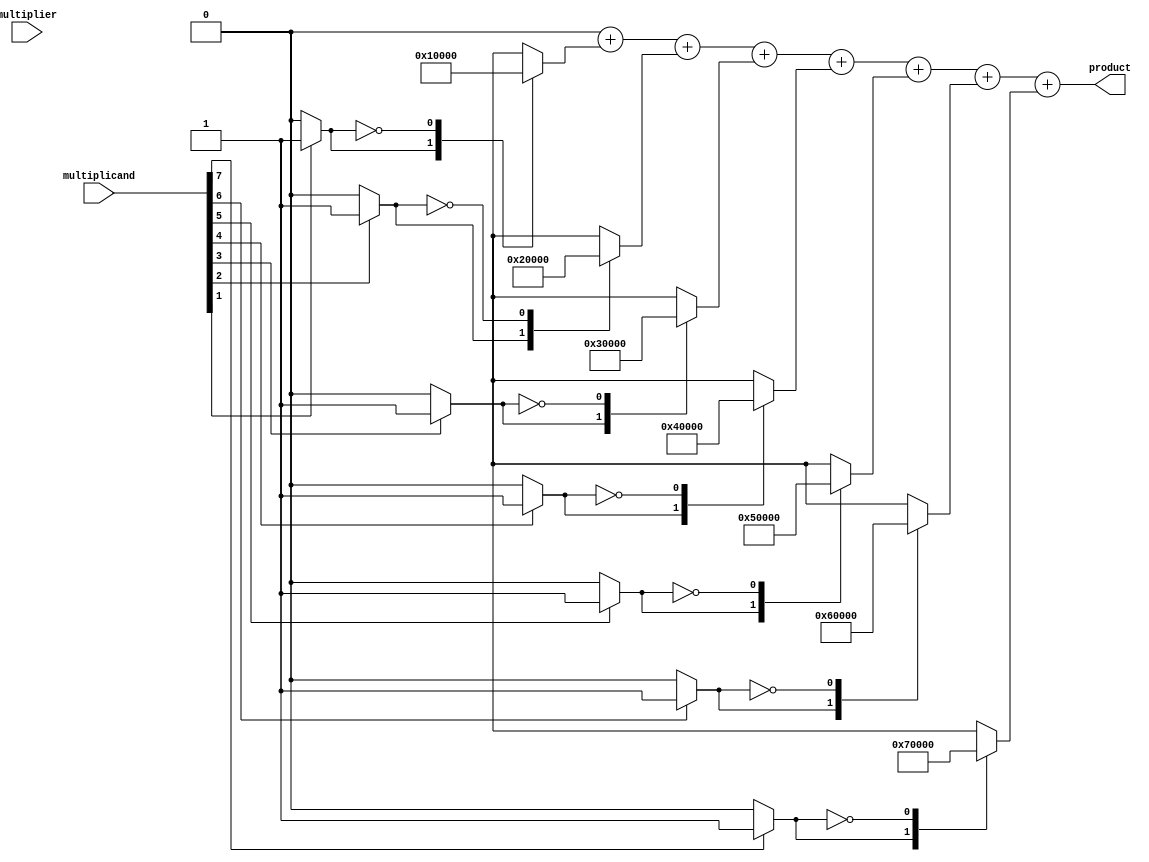
module csd_multiplier #(
    parameter WIDTH = 8 // Bit-width for multiplicand and multiplier
)(
    input  wire [WIDTH-1:0] multiplicand,
    input  wire [WIDTH-1:0] multiplier,
    output wire [2*WIDTH-1:0] product
);

    // CSD Encoding Block
    function [WIDTH-1:0] csd_encode;
        input [WIDTH-1:0] value;
        reg [WIDTH-1:0] csd;
        integer i;
        begin
            csd = 0;
            for (i = 0; i < WIDTH; i = i + 1) begin
                if (value[i] == 1) begin
                    if (i < WIDTH-1 && value[i+1] == 1) begin
                        // If the next digit is also 1, we need to set current to -1
                        csd[i] = -1;
                        csd[i+1] = 0; // Zero out the next
                        i = i + 1;    // Skip the next digit
                    end else begin
                        csd[i] = 1;
                    end
                end
            end
            csd_encode = csd;
        end
    endfunction

    // CSD representation of the multiplicand
    wire [WIDTH-1:0] csd_multiplicand;
    assign csd_multiplicand = csd_encode(multiplicand);

    // Partial Product Generation
    reg [2*WIDTH-1:0] partial_products [0:WIDTH-1];
    genvar j;
    generate
        for (j = 0; j < WIDTH; j = j + 1) begin: pp_generation
            always @* begin
                case (csd_multiplicand[j])
                    1:    partial_products[j] = {multiplicand, j};      // p << j
                    -1:   partial_products[j] = -{multiplicand, j};     // -p << j
                    0:    partial_products[j] = 0;                       // 0
                    default: partial_products[j] = 0;
                endcase
            end
        end
    endgenerate

    // Adder/Subtractor Network
    reg [2*WIDTH-1:0] sum;
    integer k;
    always @* begin
        sum = 0;
        for (k = 0; k < WIDTH; k = k + 1) begin
            sum = sum + partial_products[k];
        end
    end

    assign product = sum;

endmodule